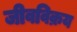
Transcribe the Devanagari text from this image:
जीवविक्रय